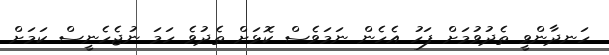
ހަނދާންވީ ތެދުވުމަށް ފަހު އެހެން ނަމަވެސް ކޮޅަށް ތެދުވެ ހަމަ ނުޖެހެނީސް ކަމަށް